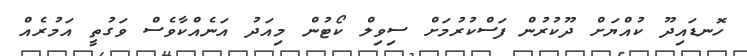
ހޮނޑައިދޫ ކުއްޔަށް ދޫކުުރުން ފަސްކުރުމަށް ސިވިލް ކޯޓުން މިއަދު އަނެއްކާވެސް ވަގުތީ އަމުރެއް